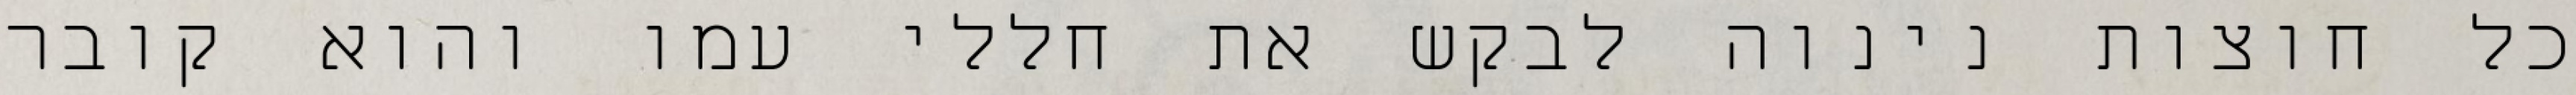
כל חוצות נינוה לבקש את חללי עמו והוא קובר